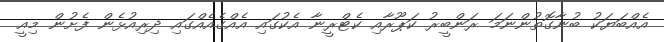
އެއްބަޔަކު ބުނާގޮތުންނަމަ ރަންބީރު ކަޕޫރާއި ކެޓްރީނާ އެކުގައި އެއްގެއެއްގައި ދިރިއުޅެން ފެށުން މިއީ